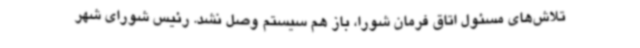
تلاش‌های مسئول اتاق فرمان شورا، باز هم سیستم وصل نشد. رئیس شورای شهر